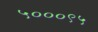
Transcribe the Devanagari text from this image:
५०००९५